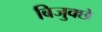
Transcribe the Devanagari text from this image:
बिजुक्छे